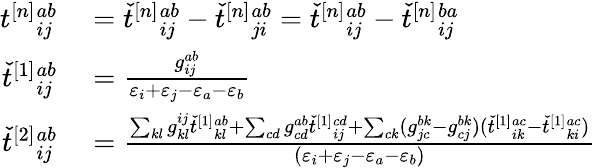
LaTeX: \begin{array}{rl}{t^{[n]}{}_{ij}^{ab}}&{{}=\check{t}^{[n]}{}_{ij}^{ab}-\check{t}^{[n]}{}_{ji}^{ab}=\check{t}^{[n]}{}_{ij}^{ab}-\check{t}^{[n]}{}_{ij}^{ba}}\\ {\check{t}^{[1]}{}_{ij}^{ab}}&{{}=\frac{g_{ij}^{ab}}{\varepsilon_{i}+\varepsilon_{j}-\varepsilon_{a}-\varepsilon_{b}}}\\ {\check{t}^{[2]}{}_{ij}^{ab}}&{{}=\frac{\sum_{kl}g_{kl}^{ij}\check{t}^{[1]}{}_{kl}^{ab}+\sum_{cd}g_{cd}^{ab}\check{t}^{[1]}{}_{ij}^{cd}+\sum_{ck}(g_{jc}^{bk}-g_{cj}^{bk})(\check{t}^{[1]}{}_{ik}^{ac}-\check{t}^{[1]}{}_{ki}^{ac})}{(\varepsilon_{i}+\varepsilon_{j}-\varepsilon_{a}-\varepsilon_{b})}}\end{array}